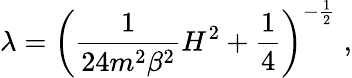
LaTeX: \lambda=\left(\frac{1}{24m^{2}\beta^{2}}H^{2}+\frac{1}{4}\right)^{-\frac{1}{2}}\; ,